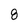
Character: 8